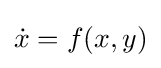
{\dot {x}}=f(x,y)